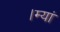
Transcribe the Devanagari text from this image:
।म्यां